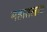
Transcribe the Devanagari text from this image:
महातलाय